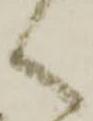
く